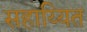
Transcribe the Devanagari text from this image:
सहाय्यित